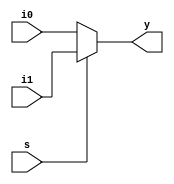
module mux2(s,i0,i1,y);
input s,i0,i1;
output reg y;

always@(*)
begin

if(s)
y=i1;

else
y=i0;


end

endmodule